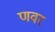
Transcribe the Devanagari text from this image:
णवर